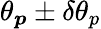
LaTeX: \theta_{\boldsymbol{p}}\pm\delta\theta_{p}